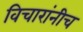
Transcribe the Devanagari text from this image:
विचारांनीच